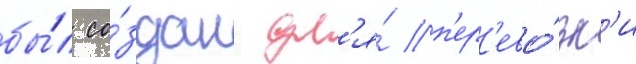
бы́л со́здан дл'я́ п'ер'ево́зк'и